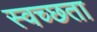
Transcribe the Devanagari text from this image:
स्वच्‍छता